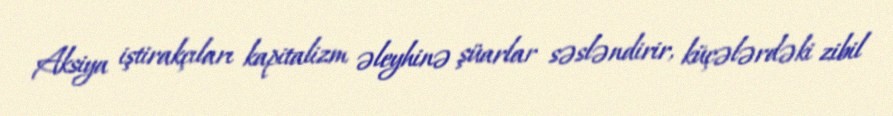
Aksiya iştirakçıları kapitalizm əleyhinə şüarlar səsləndirir, küçələrdəki zibil